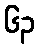
၆၃